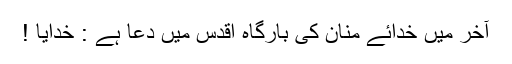
آخر میں خدائے منان کی بارگاہ اقدس میں دعا ہے : خدایا !